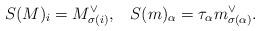
LaTeX: \begin{align*}S(M)_i =M^{\vee}_{\sigma(i)}, \;\;\; S(m)_{\alpha} = \tau_{\alpha} m_{\sigma(\alpha)}^{\vee}.\end{align*}